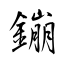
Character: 鏰